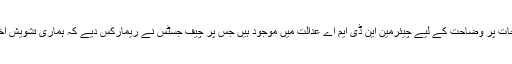
تفصیلات کے مطابق اٹارنی جنرل نے کہا کہ کورونا سے متعلق اخراجات پر وضاحت کے لیے چیئرمین این ڈی ایم اے عدالت میں موجود ہیں جس پر چیف جسٹس نے ریمارکس دیے کہ ہماری تشویش اخراجات سے متعلق نہیں ہے، ہماری تشویش سروسز کے معیار پر ہے۔